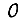
Digit: 0